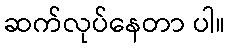
ဆက်လုပ်နေတာ ပါ။